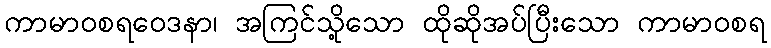
ကာမာဝစရဝေဒနာ၊ အကြင်သို့သော ထိုဆိုအပ်ပြီးသော ကာမာဝစရ